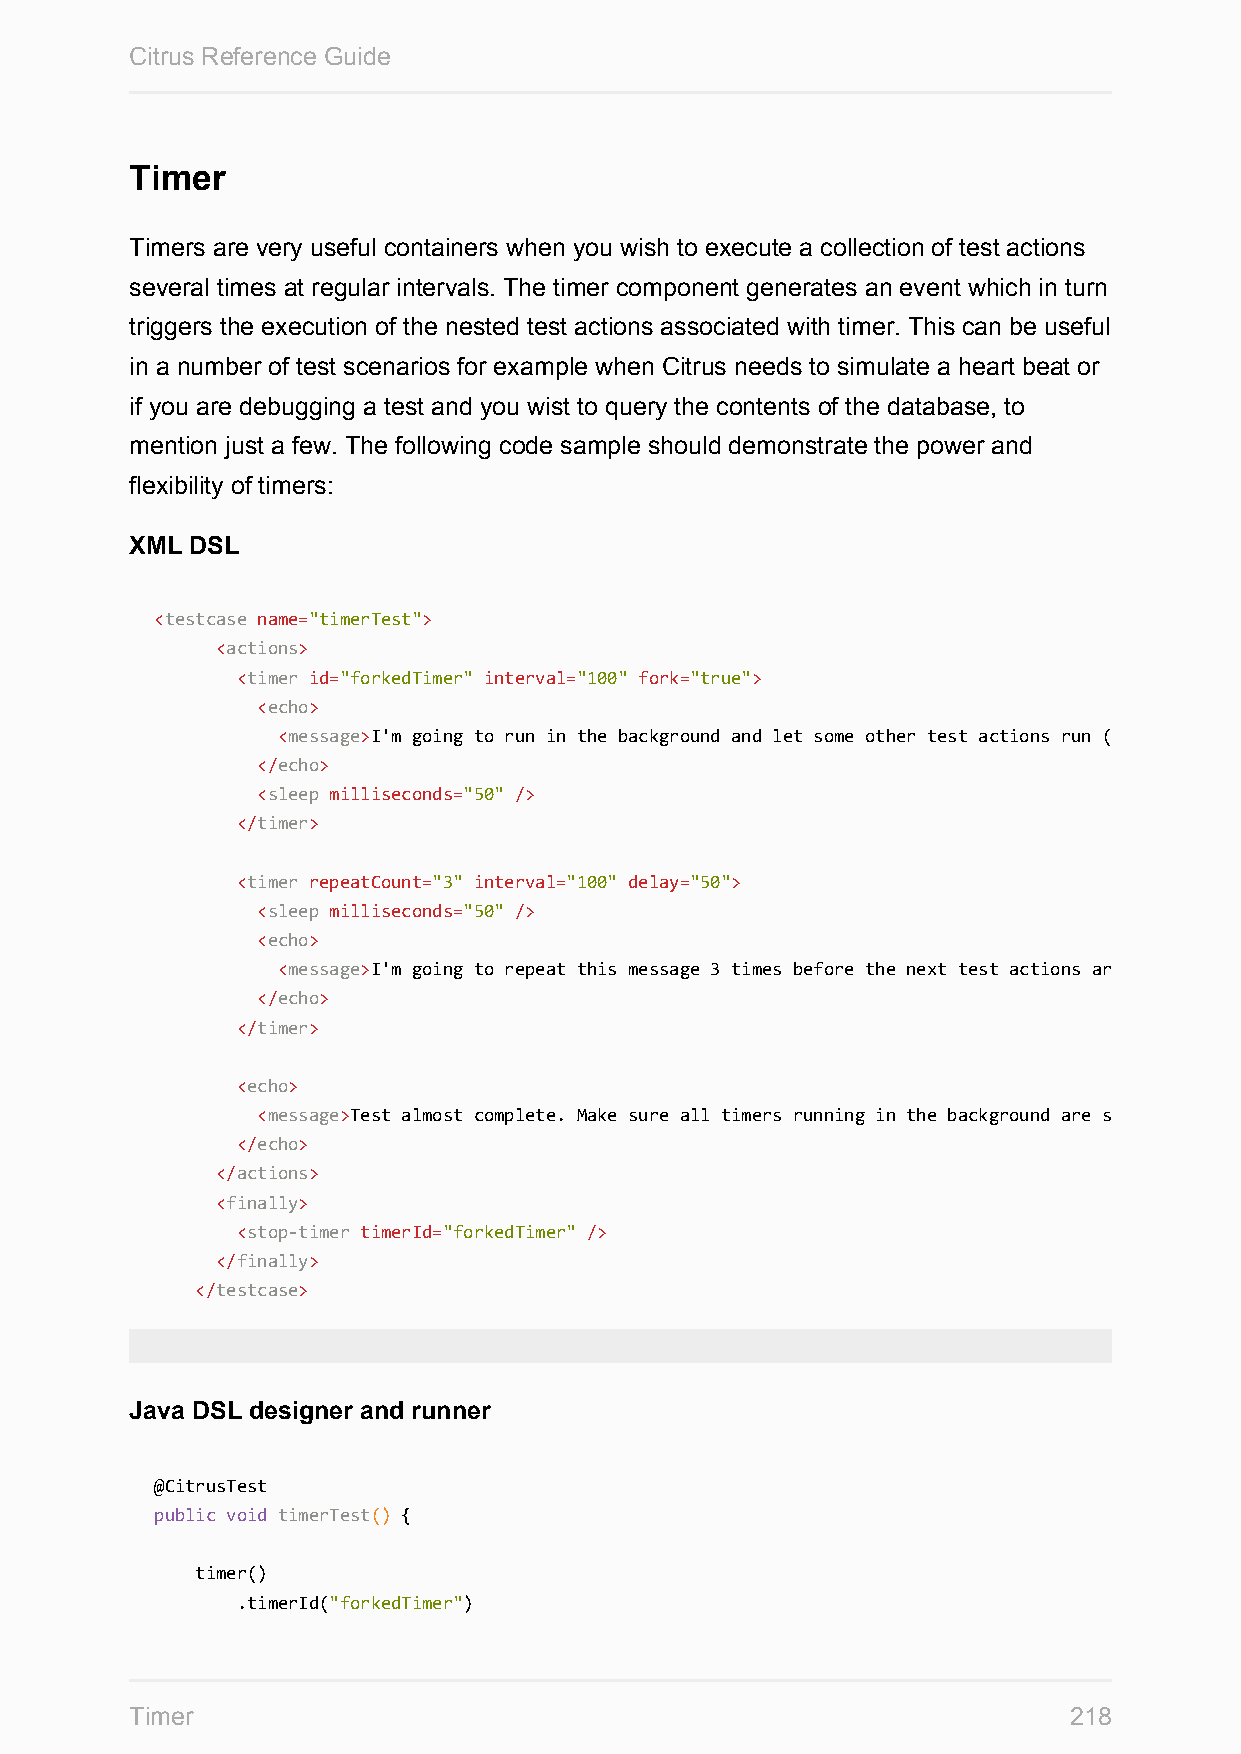
Citrus Reference Guide
 Timer
 Timers are very useful containers when you wish to execute a collection of test actions
 several times at regular intervals. The timer component generates an event which in turn
 triggers the execution of the nested test actions associated with timer. This can be useful
 in a number of test scenarios for example when Citrus needs to simulate a heart beat or
 if you are debugging a test and you wist to query the contents of the database, to
 mention just a few. The following code sample should demonstrate the power and
 flexibility of timers:
 XML DSL
 <testcase name="timerTest">
 <actions>
 <timer id="forkedTimer" interval="100" fork="true">
 <echo>
 <message>I'm going to run in the background and let some other test actions run (nested action run ${forkedTimer-index} times)
 </echo>
 <sleep milliseconds="50" />
 </timer>
 <timer repeatCount="3" interval="100" delay="50">
 <sleep milliseconds="50" />
 <echo>
 <message>I'm going to repeat this message 3 times before the next test actions are executed
 </echo>
 </timer>
 <echo>
 <message>Test almost complete. Make sure all timers running in the background are stopped
 </echo>
 </actions>
 <finally>
 <stop-timer timerId="forkedTimer" />
 </finally>
 </testcase>
 Java DSL designer and runner
 @CitrusTest
 public void timerTest() {
 timer()
 .timerId("forkedTimer")
 Timer                                                         218